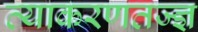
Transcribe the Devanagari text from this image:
व्याकरणतज्‍ज्ञ